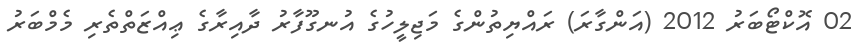
02 އޮކްޓޯބަރު 2012 (އަންގާރަ) ރައްޔިތުންގެ މަޖިލީހުގެ އުނގޫފާރު ދާއިރާގެ ޢިއްޒަތްތެރި މެމްބަރު